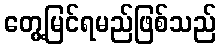
တွေ့မြင်ရမည်ဖြစ်သည်